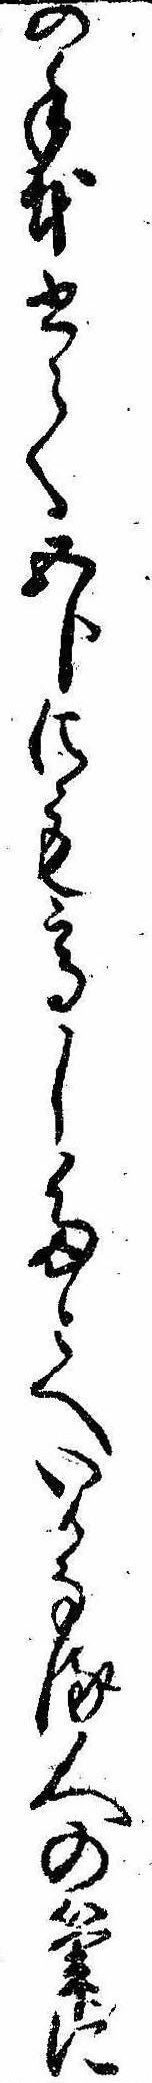
の手本書て五分にも高したとへいかなる人の筆に